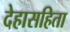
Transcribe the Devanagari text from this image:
देहासहिता